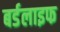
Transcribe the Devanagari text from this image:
बर्डलाइफ